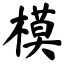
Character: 模